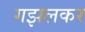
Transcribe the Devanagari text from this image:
गझलकर